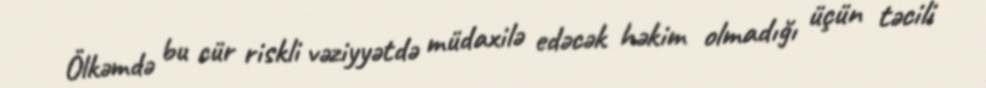
Ölkəmdə bu cür riskli vəziyyətdə müdaxilə edəcək həkim olmadığı üçün təcili